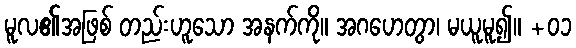
မူလ၏အဖြစ် တည်းဟူသော အနက်ကို။ အဂဟေတွာ၊ မယူမူ၍။ +၀၁